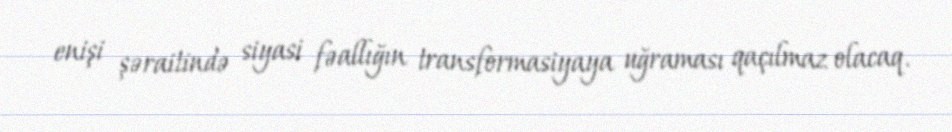
enişi şəraitində siyasi fəallığın transformasiyaya uğraması qaçılmaz olacaq.